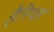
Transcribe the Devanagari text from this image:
हैरियर